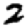
Digit: 2